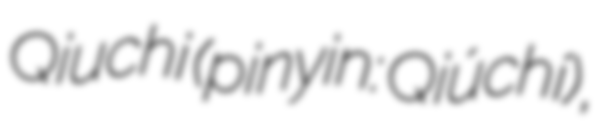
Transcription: Qiuchi (pinyin: Qiúchí),